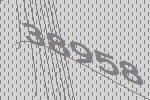
38958